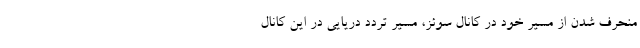
منحرف شدن از مسیر خود در کانال سوئز، مسیر تردد دریایی در این کانال